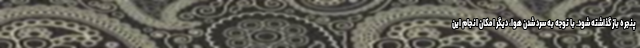
پنجره باز گذاشته شود. با توجه به سرد شدن هوا، دیگر امکان انجام این